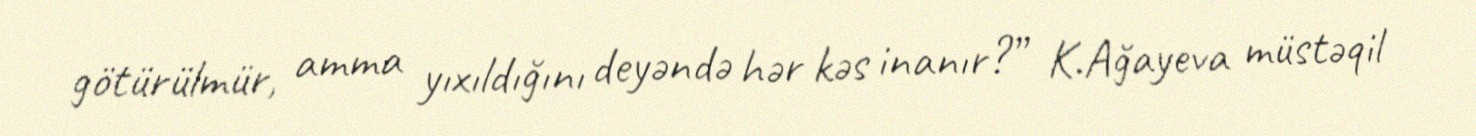
götürülmür, amma yıxıldığını deyəndə hər kəs inanır?” K.Ağayeva müstəqil